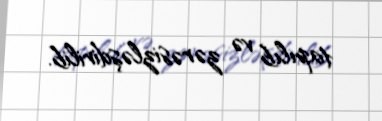
tapılıb və zərəsizləşdirilib.